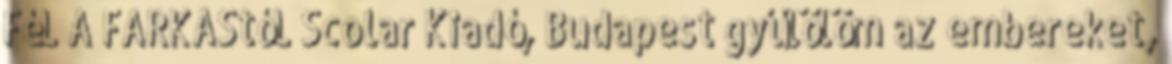
FéL A FARKAStóL Scolar Kiadó, Budapest gyűlölöm az embereket,